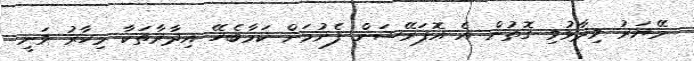
މޭޔަރު ވިދާޅުވި ގޮތުން އެ އޮޕަރޭޝަން ފެށުމަށް ކަމާބެހޭ އިދާރާތަކާ މިހާރު ވަނީ